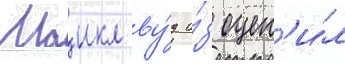
Маикл ву́д и́з оцен'и́л